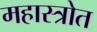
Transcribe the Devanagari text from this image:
महास्त्रोत